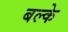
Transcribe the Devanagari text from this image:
बल्के